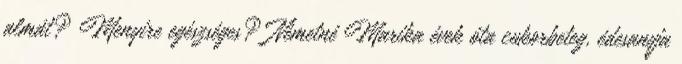
almát? Menyire egészséges? Németné Marika évek óta cukorbeteg, édesanyja